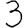
Digit: 3